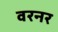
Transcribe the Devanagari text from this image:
वरनर